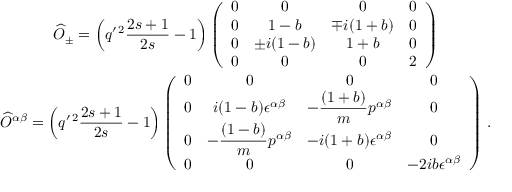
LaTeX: \begin{array} { c } { { \displaystyle \widehat O _ { \pm } = \left( q ^ { \prime \, 2 } \frac { 2 s + 1 } { 2 s } - 1 \right) \left( \begin{array} { c c c c } { { 0 } } & { { 0 } } & { { 0 } } & { { 0 } } \\ { { 0 } } & { { 1 - b } } & { { \mp i ( 1 + b ) } } & { { 0 } } \\ { { 0 } } & { { \pm i ( 1 - b ) } } & { { 1 + b } } & { { 0 } } \\ { { 0 } } & { { 0 } } & { { 0 } } & { { 2 } } \end{array} \right) } } \\ { { \displaystyle \widehat O ^ { \alpha \beta } = \left( q ^ { \prime \, 2 } \frac { 2 s + 1 } { 2 s } - 1 \right) \left( \begin{array} { c c c c } { { 0 } } & { { 0 } } & { { 0 } } & { { 0 } } \\ { { 0 } } & { { i ( 1 - b ) \epsilon ^ { \alpha \beta } } } & { { \displaystyle - \frac { ( 1 + b ) } { m } p ^ { \alpha \beta } } } & { { 0 } } \\ { { 0 } } & { { \displaystyle - \frac { ( 1 - b ) } { m } p ^ { \alpha \beta } } } & { { - i ( 1 + b ) \epsilon ^ { \alpha \beta } } } & { { 0 } } \\ { { 0 } } & { { 0 } } & { { 0 } } & { { - 2 i b \epsilon ^ { \alpha \beta } } } \end{array} \right) \, . } } \end{array}